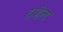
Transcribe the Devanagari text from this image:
ट्व्हेल